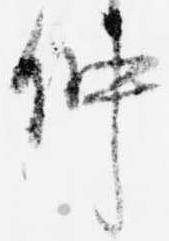
仲